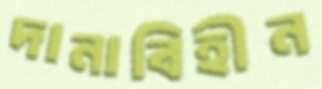
দানাবিহীন